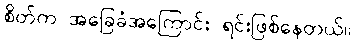
စိတ်က အခြေခံအကြောင်း ရင်းဖြစ်နေတယ်။